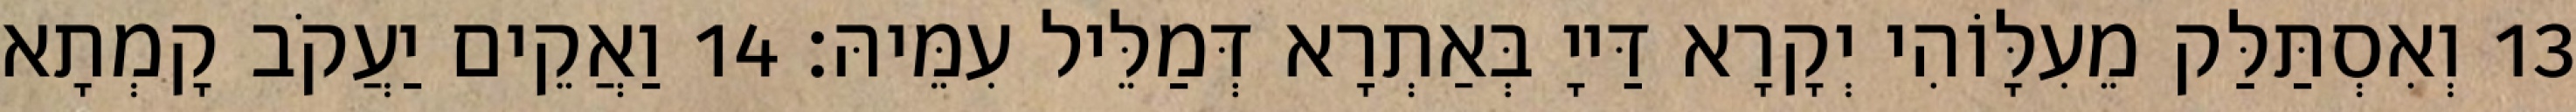
13 וְאִסְתַּלַּק מֵעִלָּוֹהִי יְקָרָא דַּייָ בְּאַתְרָא דְּמַלֵּיל עִמֵּיהּ׃ 14 וַאֲקֵים יַעֲקֹב קָמְתָא